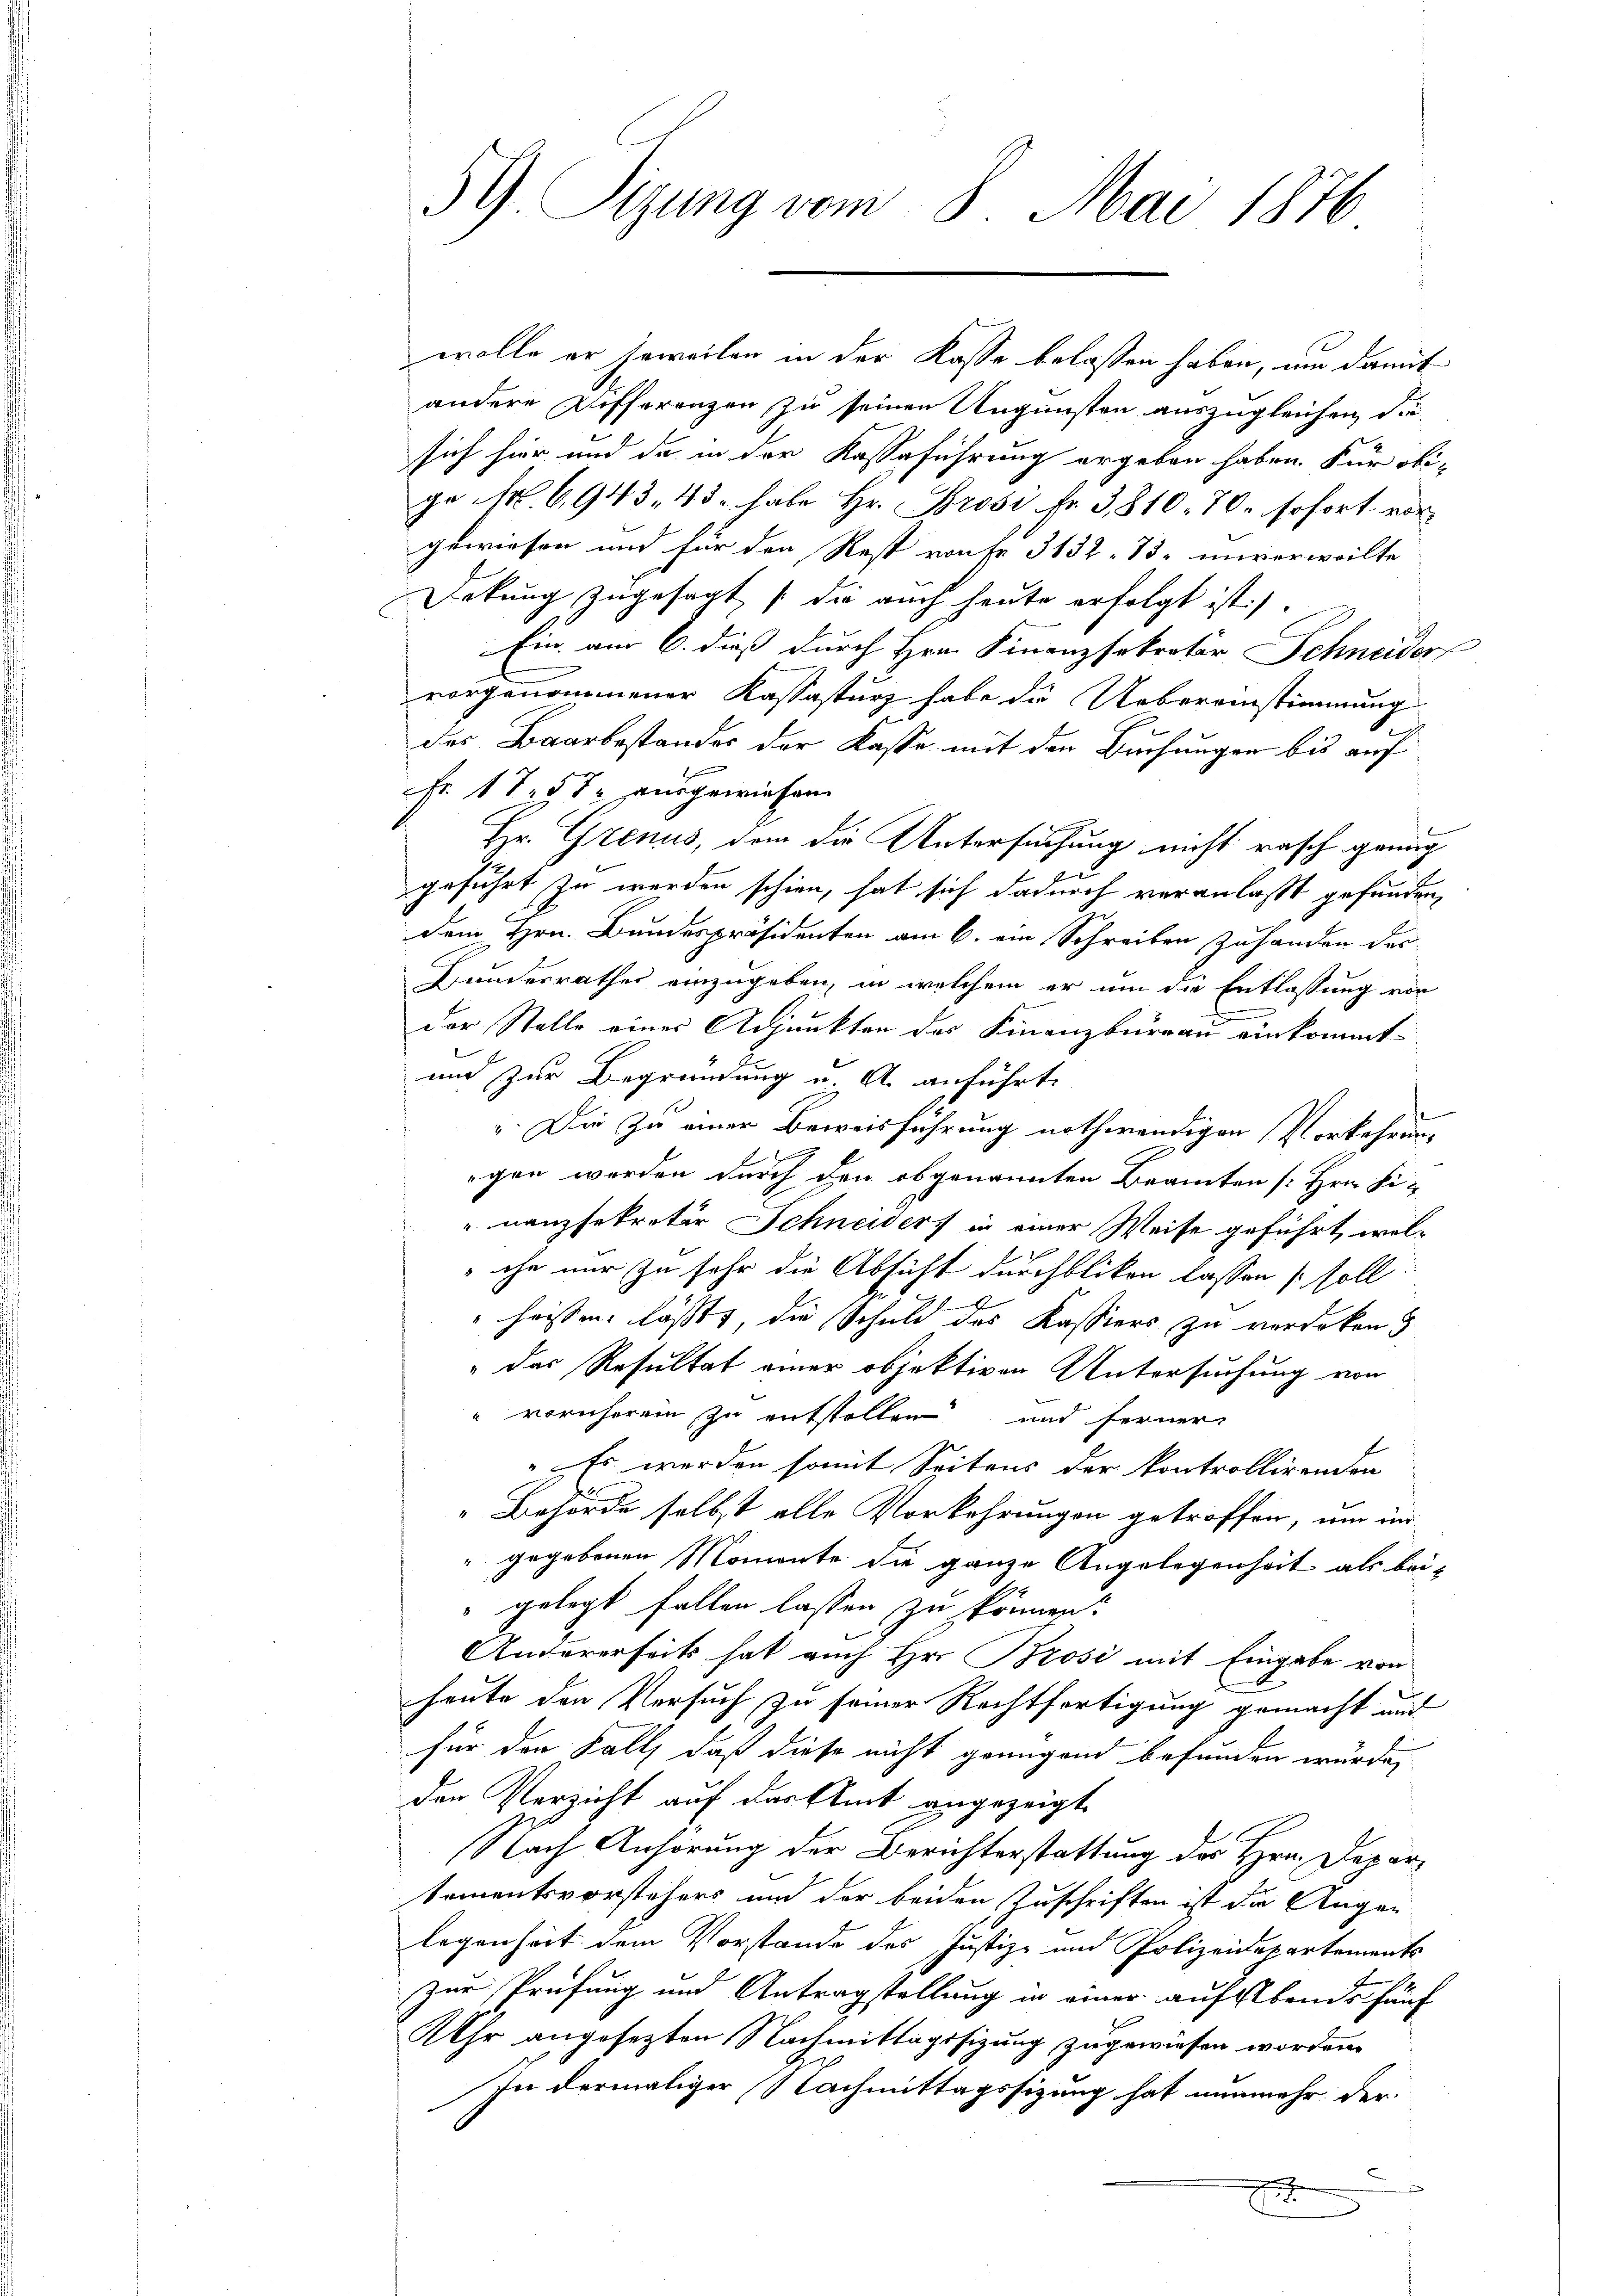
59. Sigung vom 8. Mai 1876

wolle er soweilen in der Kasse belassen haben, um damit
andere Differenzen zu seinen Ungünsten auszugleichen, diesich hier und da in der Kasseführung ergeben haben. Für obi-
ge M. 6943, 43 habe Hr. Prosi, Fr. 3,810. 70. sofort vor
gewiesen und für den Rest route 3132. 73 unverweilte
Drkung zugesagt die auch heute erfolgt ist.)
Ein am 6. dieß durch Hrn. Finanzsekretär Schneider
e
vorgenommener Kassasturz habe die Uebereinstimmung
des Baarbestandes der Kasse mit den Buchungen bis auf
Fr. 1757 ausgewiesen.
Hr. Grenus, dem die Untersuchung nicht rasch genug
geführt zu werden schien, hat sich dadurch veranlaßt gefunden,
dem Hrn. Bundespräsidenten am 6. ein Schreiben zuhanden der-
Hundesrathes einzugeben, in welchem er um die Entlassung von
der Stelle einer Adjunkten des Finanzbürrau einkommt-
und zur Begründung u. A. anführt.
". Die zu einer Beweisführung nothwendigen Vorkehrung
Her
egen werden durch den obgenannten Beamten [Hrn. Finanzsekretär Schneiders in einer Weise geführt, wel-
che nur zu sehr die Absicht durchblikon lassen soll
h
" heissen läßt, die Schule des Kassiers zu verdoken
"das Resultat einer objektiven Untersuchung von
" vornherein zu entstellen und ferner
Es werden somit Seitens der kontrollirenden
" Behörde selbst alle Vorkehrungen getroffen, um in
" gegebenen Momente die ganze Angelegenheit als beigelegt fallen lassen zu können.
Andererseit hat auch Hr. Brosi mit Eingabe von
heute den Versuch zu seiner Rechtfertigung gemacht und
für den Fall, daß diese nicht genügend befunden würde,
den Verzicht auf der Amt angezeigt,
Nach Anhörung der Berichterstattung des Hrn. Deparkomentsvorstehers und der beiden Zuschriften ist die Augen
legenheit dem Vorstande des Justiz- und Polizeidepartements
zur Prüfung und Antragstellung in einer aufsbends fünf
UUhr angesezten Nachmittagssizung zugewiesen worden.
In dermaliger Nachmittagssitzung hat nunmehr der
x